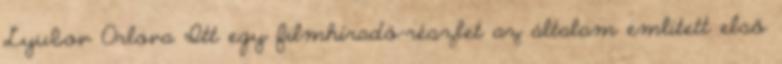
Lyubov Orlova Itt egy filmhíradó-részlet az általam említett első